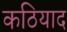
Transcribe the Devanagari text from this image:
कठियाद